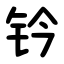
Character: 钤